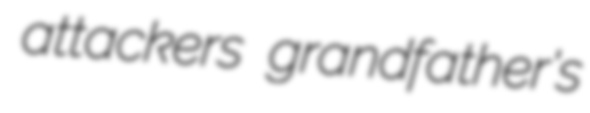
attackers grandfather's